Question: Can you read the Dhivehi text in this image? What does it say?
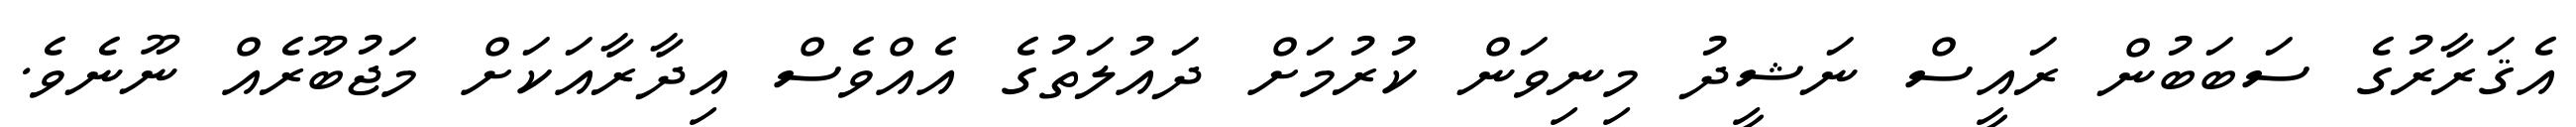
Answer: އެޤަރާރުގެ ސަބަބުން ރައީސް ނަޝީދު މިނިވަން ކުރުމަށް ދައުލަތުގެ އެއްވެސް އިދާރާއަކަށް މަޖުބޫރެއް ނޫނެވެ.